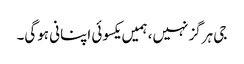
جی ہرگز نہیں، ہمیں یکسوئی اپنانی ہوگی۔